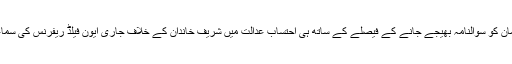
احتساب عدالت کی جانب سے ملزمان کو سوالنامہ بھیجے جانے کے فیصلے کے ساتھ ہی احتساب عدالت میں شریف خاندان کے خلاف جاری ایون فیلڈ ریفرنس کی سماعت آخری مراحل میں داخل ہوگئی۔